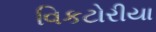
વિકટોરીયા